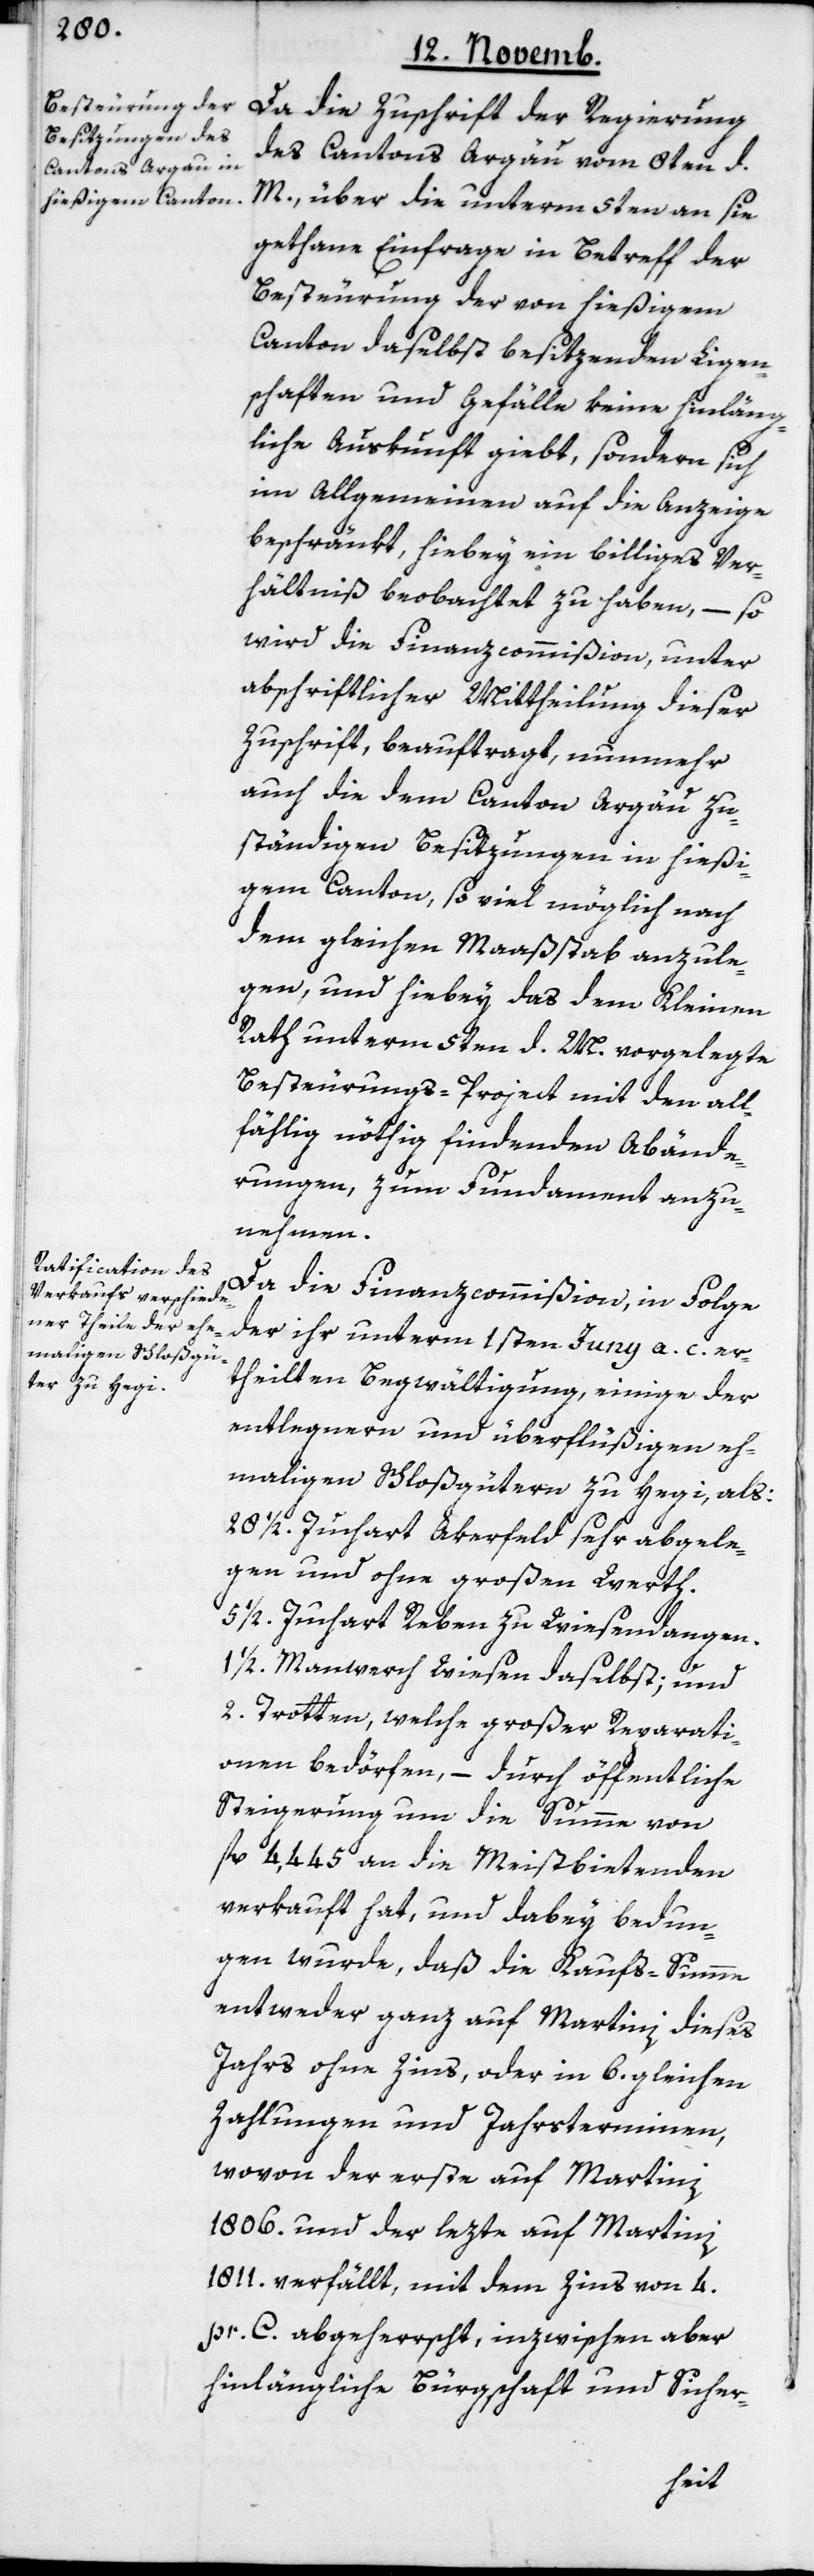
Da die Zuschrift der Regierung
des Cantons Argäu vom 8ten d.
M. über die unterm 5ten an sie
gethane Einfrage in Betreff der
Besteurung der von hießigem
Canton daselbst besitzenden Liegen¬
schaften und Gefälle keine hinläng¬
liche Auskunft giebt, sondern sich
im Allgemeinen auf die Anzeige
beschränkt, hiebey ein billiges Ver¬
hältniß beobachtet zu haben, – so
wird die Finanzcommißion unter
abschriftlicher Mittheilung dieser
Zuschrift, beauftragt, nunmehr
auch die dem Canton Aargau zu¬
ständigen Besitzungen in hießi¬
gem Canton, soviel möglich nach
dem gleichen Maaßstab anzule¬
gen, und hiebey das dem Kleinen
Rath unterm 5ten d. M. vorgelegte
Besteurungs-Project mit den all¬
fällig nöthig findenden Abände¬
rungen, zum Fundament anzu¬
nehmen.
Da die Finanzcommißion, in Folge
der ihr unterm 1sten Juny a. c. er¬
theilten Begwältigung, einige der
entlegnern und überflüßigen eh¬
mahligen Schloßgütern zu Hegi als:
28 1/2. Juchart Akerfeld, sehr abgele¬
gen und ohne großen Werth.
5 1/2. Juchart Reben zu Wiesendangen.
1/2. Mannwerch Wiesen daselbst; und
2. Trotten, welche großer Reparati¬
onen bedörfen, – durch öffentliche
Steigerung um die Summe von
fl. 4,445 an die Meistbietenden
verkauft hat, und dabey bedun¬
gen wurde, daß die Kaufssumme
entweder ganz auf Martini dieses
Jahrs ohne Zins, oder in 6. gleichen
Zahlungen und Jahrsterminen,
wovon der erste auf Martini
1806. und der lezte auf Martini
1811. verfällt, mit dem Zins von 4.
pr. C. abgeherrscht, inzwischen aber
hinlängliche Bürgschaft und Sicher-